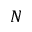
N